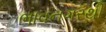
ભાવનગરથી